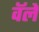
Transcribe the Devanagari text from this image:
वॅले